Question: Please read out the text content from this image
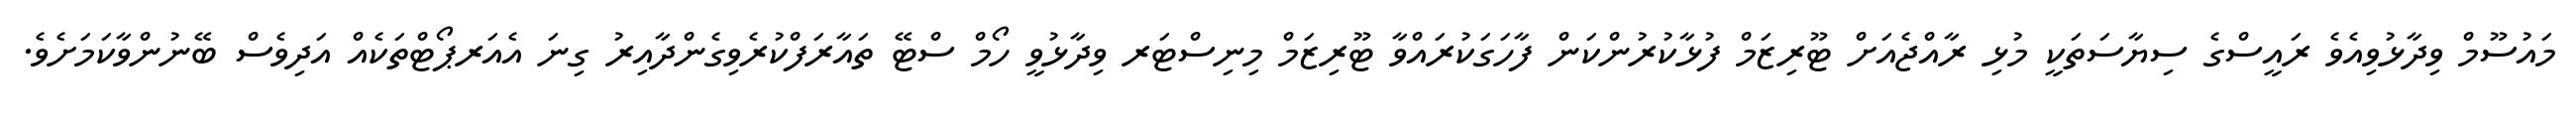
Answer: މައުސޫމް ވިދާޅުވިއެވެ ރައީސްގެ ސިޔާސަތަކީ މުޅި ރާއްޖެއަށް ޓޫރިޒަމް ފުޅާކުރުންކަން ފާހަގަކުރައްވާ ޓޫރިޒަމް މިނިސްޓަރ ވިދާޅުވީ ހޯމް ސްޓޭ ތައާރަފްކުރެވިގެންދާއިރު ގިނަ އެއަރޕޯޓްތަކެއް އަދިވެސް ބޭނުންވާކަމަށެވެ.